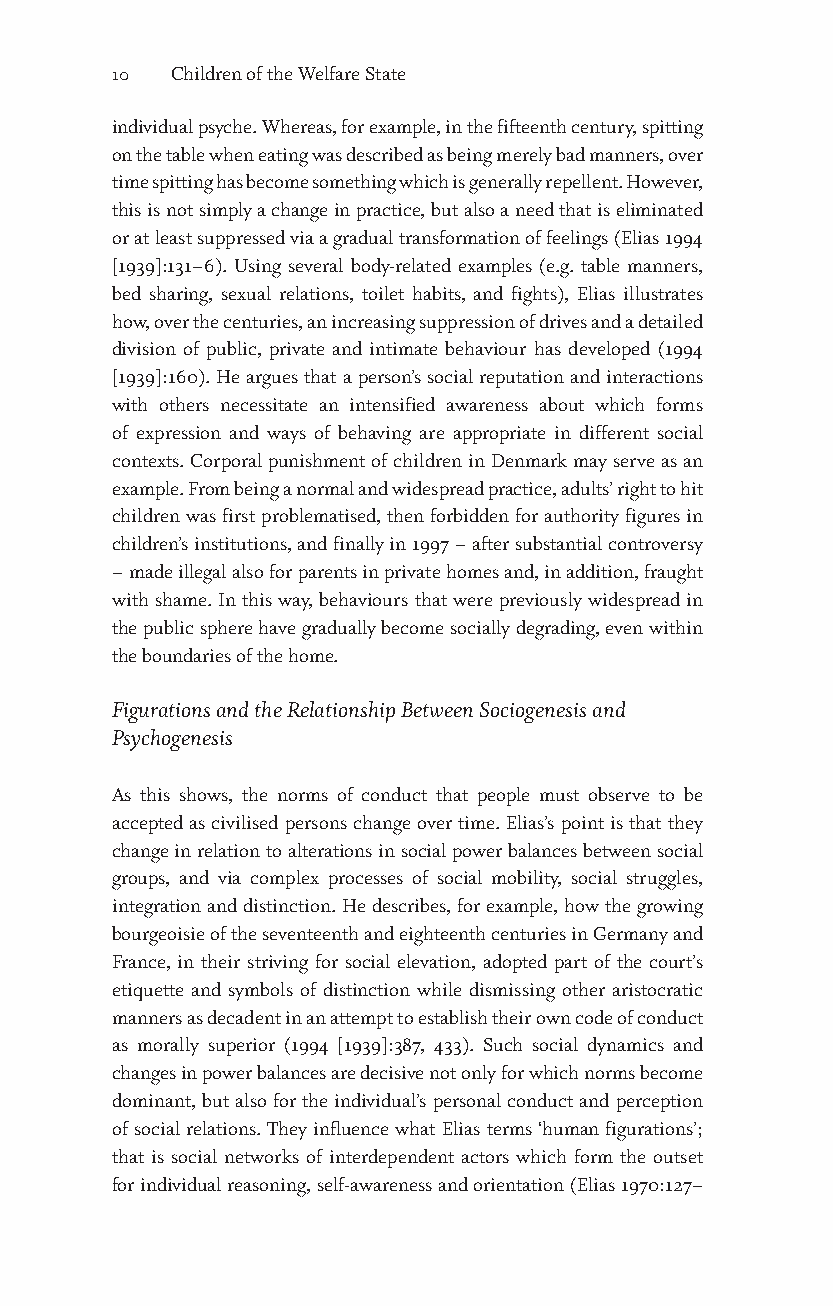
10  Children of the Welfare State
 individual psyche. Whereas, for example, in the fifteenth century, spitting
 on the table when eating was described as being merely bad manners, over
 time spitting has become something which is generally repellent. However,
 this is not simply a change in practice, but also a need that is eliminated
 or at least suppressed via a gradual transformation of feelings (Elias 1994
 [1939]:131–6). Using several body-related examples (e.g. table manners,
 bed sharing, sexual relations, toilet habits, and fights), Elias illustrates
 how, over the centuries, an increasing suppression of drives and a detailed
 division of public, private and intimate behaviour has developed (1994
 [1939]:160). He argues that a person’s social reputation and interactions
 with others necessitate an intensified awareness about which forms
 of expression and ways of behaving are appropriate in different social
 contexts. Corporal punishment of children in Denmark may serve as an
 example. From being a normal and widespread practice, adults’ right to hit
 children was first problematised, then forbidden for authority figures in
 children’s institutions, and finally in 1997 – after substantial controversy
 – made illegal also for parents in private homes and, in addition, fraught
 with shame. In this way, behaviours that were previously widespread in
 the public sphere have gradually become socially degrading, even within
 the boundaries of the home.
 Figurations and the Relationship Between Sociogenesis and
 Psychogenesis
 As this shows, the norms of conduct that people must observe to be
 accepted as civilised persons change over time. Elias’s point is that they
 change in relation to alterations in social power balances between social
 groups, and via complex processes of social mobility, social struggles,
 integration and distinction. He describes, for example, how the growing
 bourgeoisie of the seventeenth and eighteenth centuries in Germany and
 France, in their striving for social elevation, adopted part of the court’s
 etiquette and symbols of distinction while dismissing other aristocratic
 manners as decadent in an attempt to establish their own code of conduct
 as morally superior (1994 [1939]:387, 433). Such social dynamics and
 changes in power balances are decisive not only for which norms become
 dominant, but also for the individual’s personal conduct and perception
 of social relations. They influence what Elias terms ‘human figurations’;
 that is social networks of interdependent actors which form the outset
 for individual reasoning, self-awareness and orientation (Elias 1970:127–